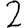
Digit: 2